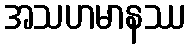
အသဟမာနဿ